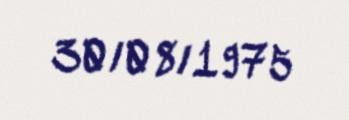
30/08/1975